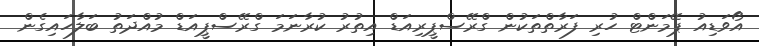
އޯވަޑިއު ޕޭމަންޓް ހުރި ފަރާތްތަކުން ގްރޭސްޕީރިއަޑް އިތުރު ކުރާނަމަ ގްރޭސްޕީއަޑް މުއްދަތު ބަލާހައިގެން